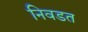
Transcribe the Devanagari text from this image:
निवडत